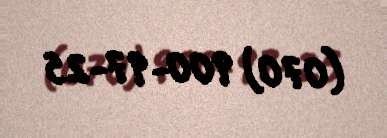
(070) 900-97-25